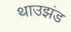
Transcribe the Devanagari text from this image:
थाउझंड